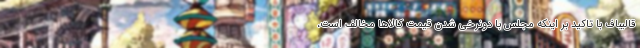
قالیباف با تاکید بر اینکه مجلس با دونرخی شدن قیمت کالاها مخالف است،